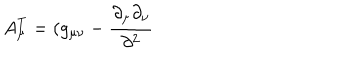
LaTeX: A _ { \mu } ^ { T } = ( g _ { \mu \nu } - \frac { \partial _ { \mu } \partial _ { \nu } } { \partial ^ { 2 } }